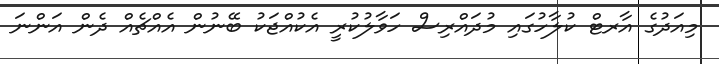
މިއަދުގެ އާރޓް ކުލާހުގައި މުދައްރިސް ހަވާލުކުރީ އެކުއްޖަކު ބޭނުން އެއްޗެއް ދެން އަންނަ